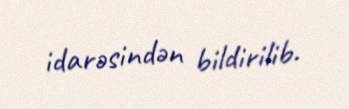
idarəsindən bildirilib.